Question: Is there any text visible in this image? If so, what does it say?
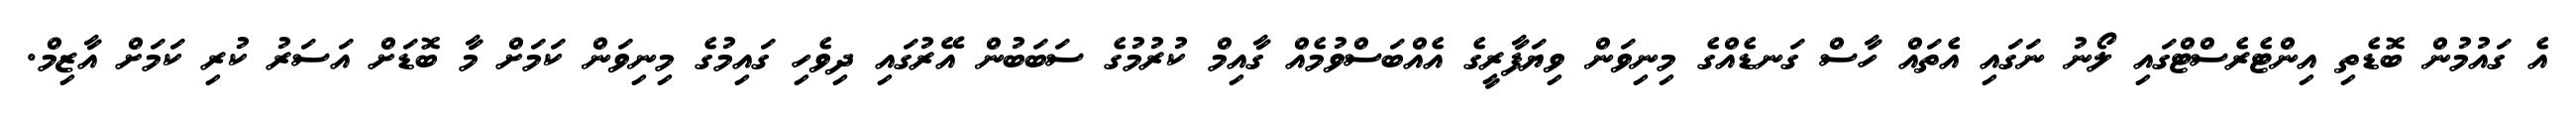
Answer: އެ ގައުމުން ބޮޑެތި އިންޓެރެސްޓްގައި ލޯނު ނަގައި އެތައް ހާސް ގަނޑެއްގެ މިނިވަން ވިޔަފާރީގެ އެއްބަސްވުމެއް ގާއިމް ކުރުމުގެ ސަބަބުން އޭރުގައި ދިވެހި ގައިމުގެ މިނިވަން ކަމަށް މާ ބޮޑަށް އަސަރު ކުރި ކަމަށް އާޒިމް.